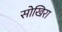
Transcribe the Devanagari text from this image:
सोखिरा